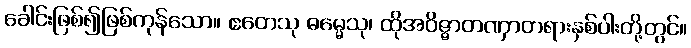
ခေါင်းဖြစ်၍ဖြစ်ကုန်သော။ ဧတေသု ဓမ္မေသု၊ ထိုအဝိဇ္ဇာတဏှာတရားနှစ်ပါးတို့တွင်။